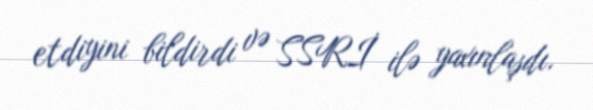
etdiyini bildirdi və SSRİ ilə yaxınlaşdı.